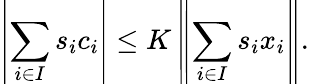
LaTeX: \left|\sum_{i\in I}s_{i}c_{i}\right|\leq K\left\| \sum_{i\in I}s_{i}x_{i}\right\| .